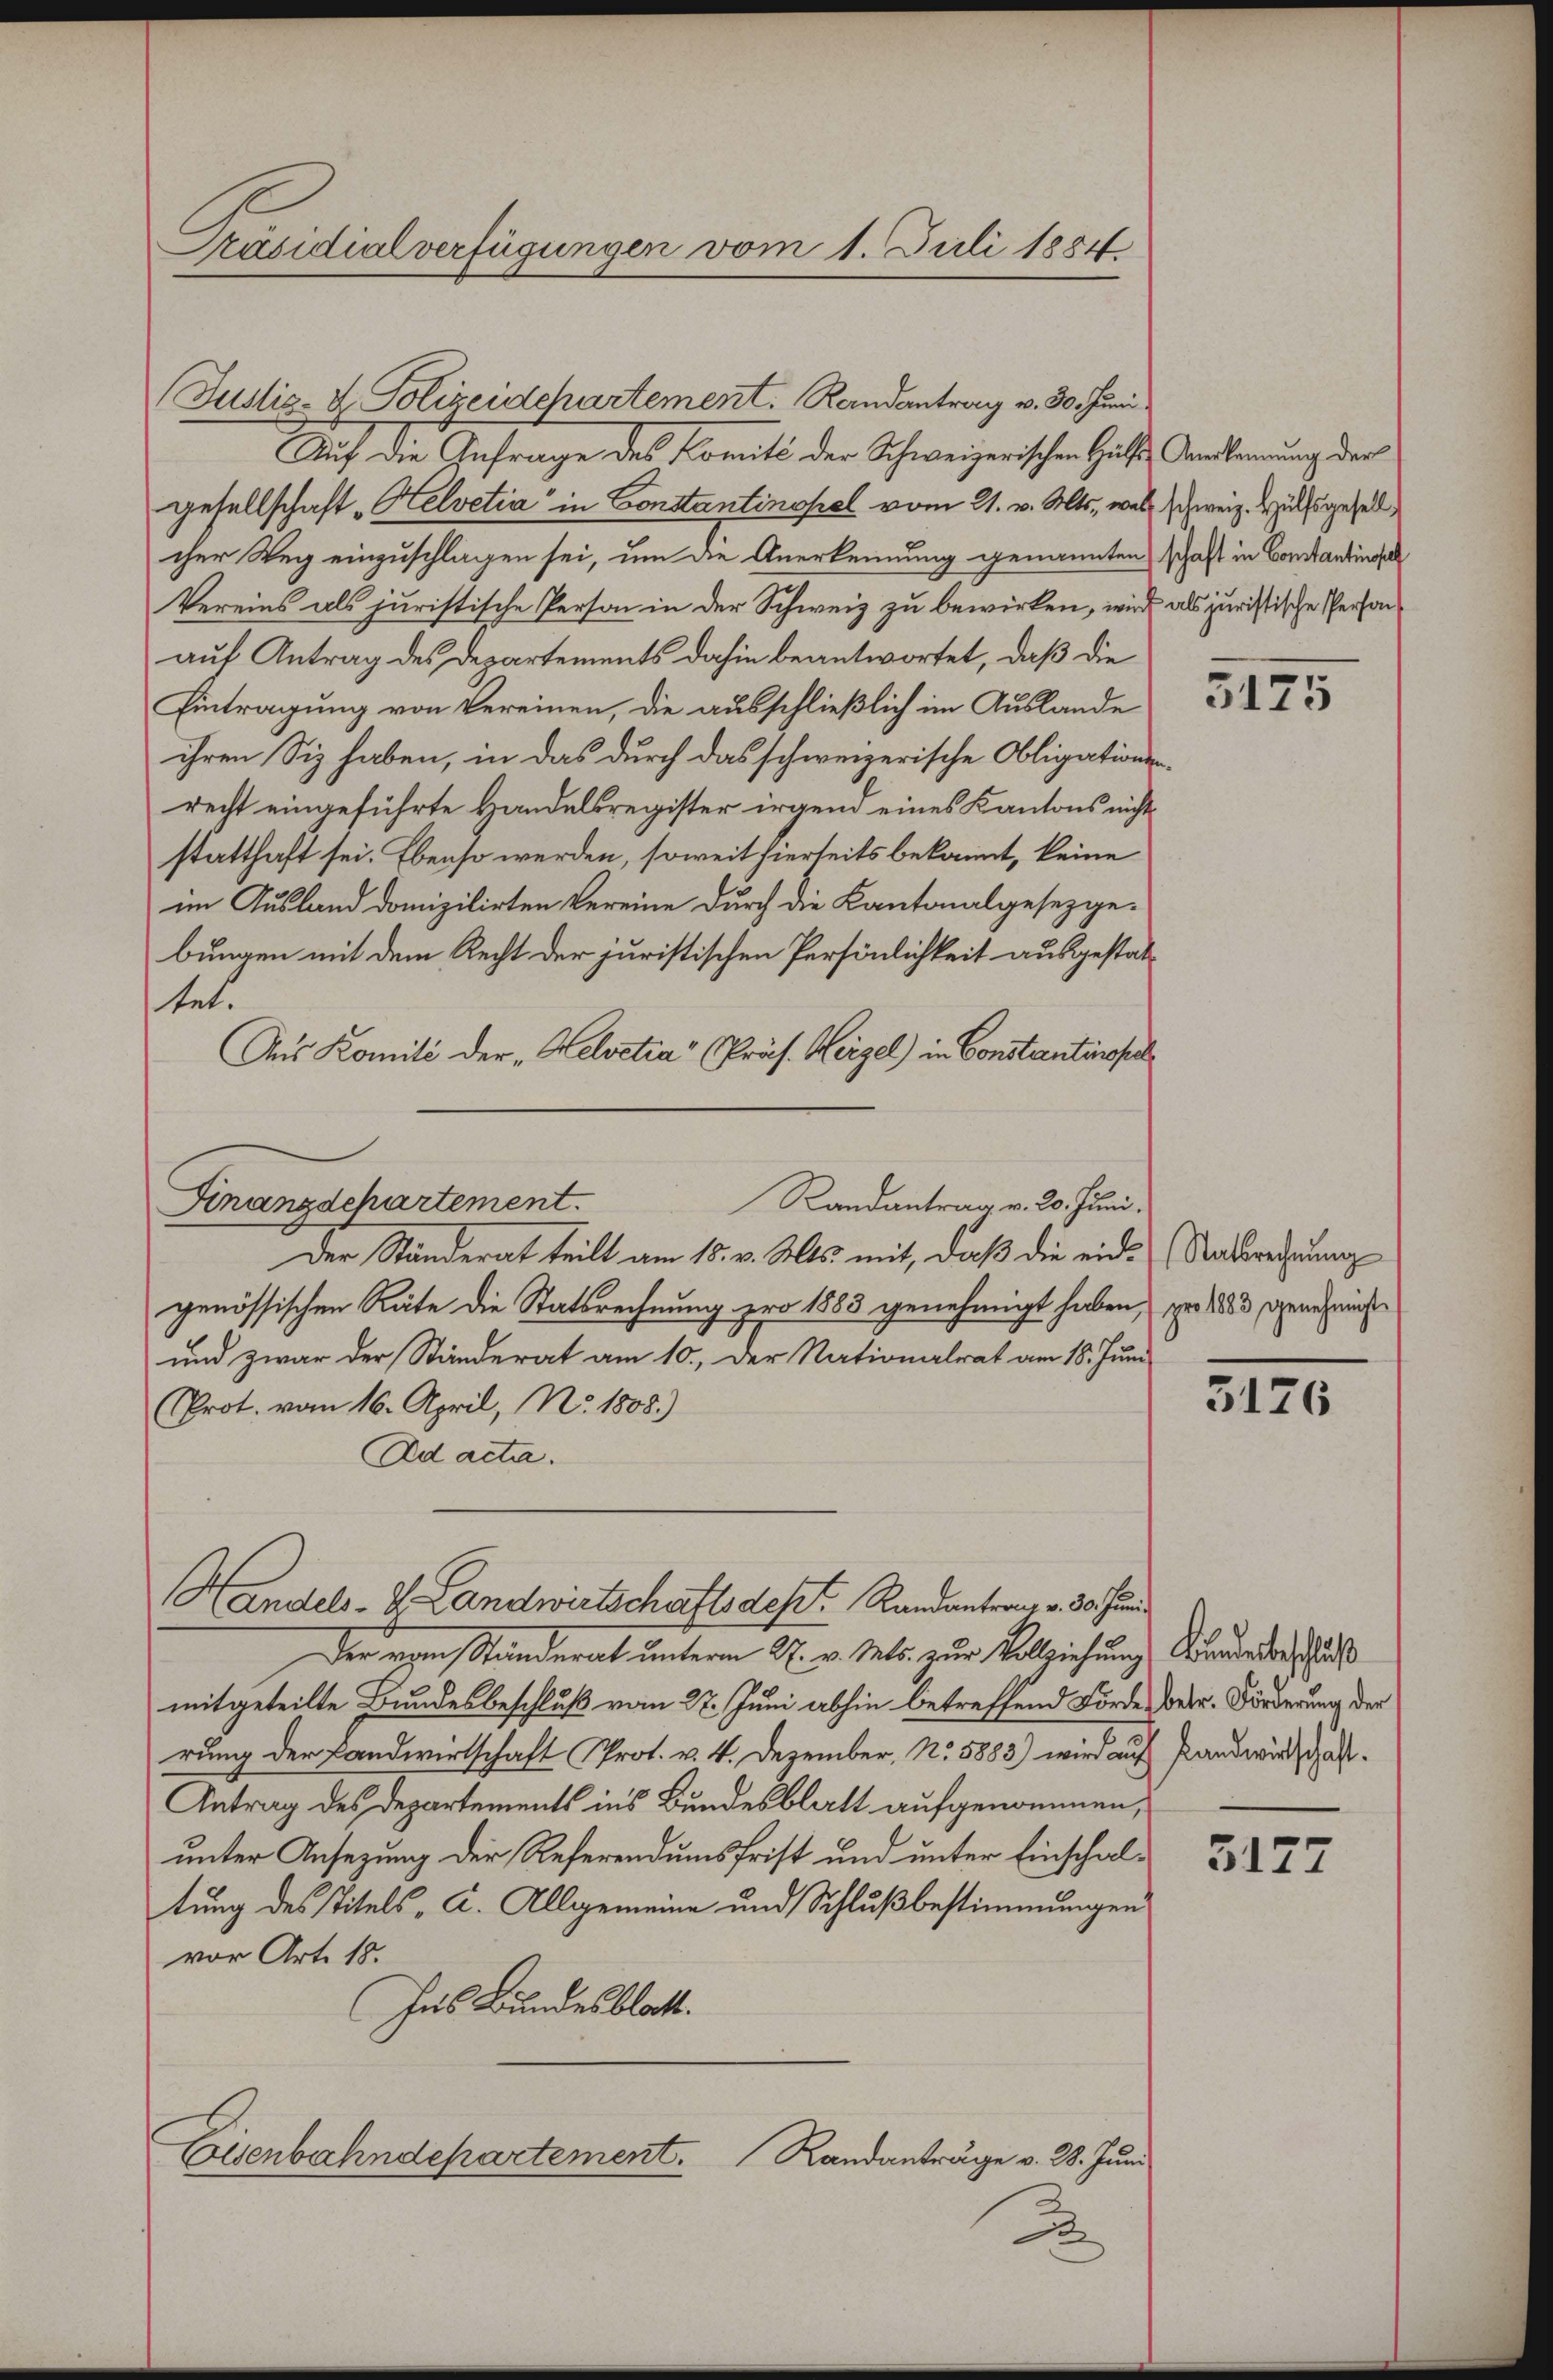
Auf die Gefrage des Komité der Schweizerischen Hals Andlamung der
gesellschaft "Helvetia in Constantinopel vom 21. v. Mts., was schweiz. Hülfsgesell
cher Weg einzuschlagen sei, um die Anerkennung genannten schaft in Constantingel
Vereins als juristische Person in der Schweiz zu bewirken, wird als juristische Person
auf Antrag des Departements dahin beantwortet, daß die
Eintragung von Vereinen, die ausschließlich im Auslande
ihren Siz haben, in das durch das schweizerische Obligationsrecht eingeführte Handelsregister irgend eines Kantons nicht
statthaft sei. Ebenso werden, soweit hierseits bekannt, keine
im Ausland domizilirten Vereine durch die Kantonalgesetzge-
bungen mit dem Recht der juristischen Persönlichkeit ausgestattet.
Aus Komité der „Helvetia" Präs. Hirzel) in Constantinopel
Randantrag v. 20. Juni.
Finanzdchartement.
Der Ständerat teilt am 15. v. Mts. mit, daß die eid-Ratsrechnung
genössischen Räte die Statsrechnung pro 1883 genehmigt haben, pro 1883 genehmigt
und zwar der Ständerat am 10. Der Nationalrat am 18. Juni
Prot. vom 16. April, No. 1808.)
Ad acta.

Präsidialverfügungen vom 1. Juli 1884

(Justiz- & Polizeidchartement. Randantrag v. 30. Juni

Handels- & Landwirtschafts des Randantraut v. 30. Juni

Der vom Stunderat unterm 27. v. Mts. zur Vollziehung, Bundenden schluß
mitgeteilte Bundesbeschluß vom 27. Juni abhin betreffend Förde, betr. Förderung der
rung der Landwirtschaft Prot. v. 4. Dezember, No. 5883) wird auf Handwirtschäft¬
Antrag des Departements ins Bundesblatt aufgenommen,
unter Ansezung der Referendumsfrist und unter Einschaltung des Titels A. Allgemeine und Schlußbestimmungen
vor Art. 18.
Hus Bundesblatt.
Eisenbahndepartement. Randanträge v. 28. Juni
2

3175

3126

3127